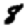
Digit: 8